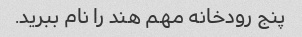
پنج رودخانه مهم هند را نام ببرید.